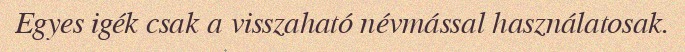
Egyes igék csak a visszaható névmással használatosak.